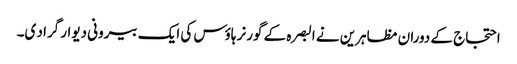
احتجاج کے دوران مظاہرین نے البصرہ کے گورنر ہاؤس کی ایک بیرونی دیوار گراد ی۔